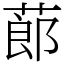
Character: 蓈